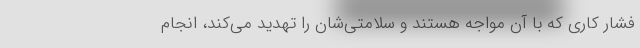
فشار کاری که با آن مواجه هستند و سلامتی‌شان را تهدید می‌کند، انجام